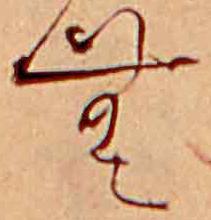
む